Vaccine operations Central Provinces & Berar 1922-1929 - 1922-1929
Year: 1922
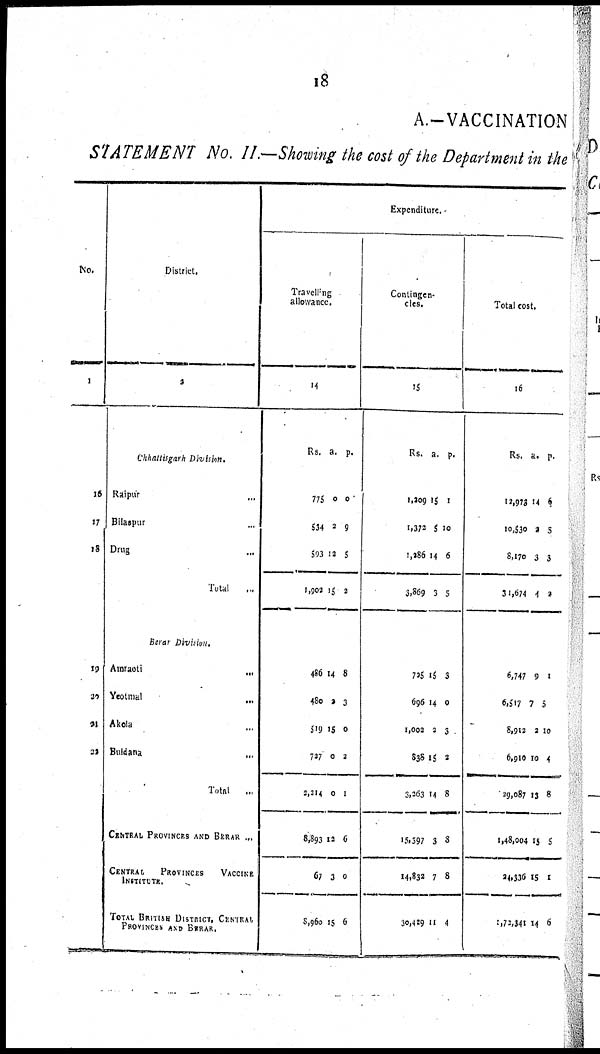
18
A.—VACCINATION
STATEMENT No. II.—Showing the cost of the Department in the
No.
1
16
17
18
19
20
21
22
District.
2
Chhattisgarh Division.
Raipur ...
Bilaspur ...
Drug ...
Total ...
Berar Division.
Amraoti
...
Yeolmat ...
Akola ...
Buldana ...
Total
...
CENTRAL PROVINCES AND BERAR ...
CENTRAL
PROVINCES VACCINE
INSTITUTE.
TOTAL BRITISH DISTRICT, CENTRAL
PROVINCES AND BERAR.
Expenditure.
Travelling
allowance.
14
Rs.
775
534
593
1,902
a.
0
2
12
15
p.
0
9
5
2
486
480
519
727
2,314
8,893
67
8,960
14
2
15
0
0
12
3
15
8
3
0
2
1
6
0
6
Contingen-
cies.
15
Rs.
1,209
1,372
1,286
3,869
a.
15
5
4
3
p.
1
10
6
5
725
696
1,002
838
3,263
15,597
14,832
30,429
15
14
2
15
14
3
7
11
3
0
3
2
8
8
8
4
Total cost.
16
Rs.
12,972
10,530
8,170
31,674
a.
14
2
3
4
p.
6
5
3
2
6,747
6,517
8,912
6,910
29,087
1,48,004
24,336
1,72,341
9
7
2
10
13
15
15
14
1
5
10
4
8
5
1
6